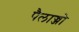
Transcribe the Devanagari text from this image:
पैलाज्जो